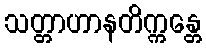
သတ္တာဟာနတိက္ကန္တေ